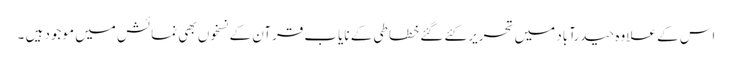
اس کے علاوہ حیدرآباد میں تحریر کئے گئے خطاطی کے نایاب قرآن کے نسخوں بھی نمائش میں موجود ہیں ۔